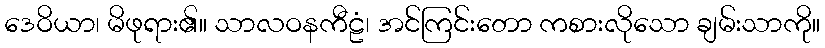
ဒေဝိယာ၊ မိဖုရား၏။ သာလဝနကီဠံ၊ အင်ကြင်းတော ကစားလိုသော ချမ်းသာကို။